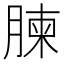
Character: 𮌥